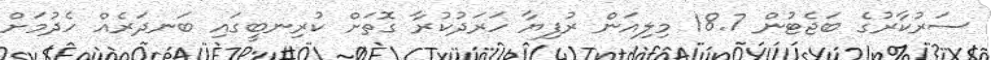
ސަރުކާރުގެ ބަޖެޓުން 18.7 މިލިއަން ރުފިޔާ ހަރަދުކުރާ ގޮތަށް ކުރިނބީގައި ބަނދަރެއް ހެދުމަށް